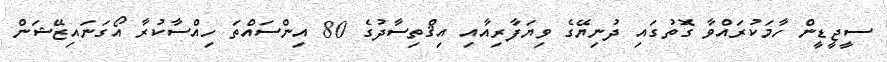
ސީޖީޑީން ހާމަކުރައްވާ ގޮތުގައި ދުނިޔޭގެ ވިޔަފާރިއާއި އިޤްތިސާދުގެ 80 އިންސައްތަ ހިއްސާކުރާ އޯގަނައިޒޭޝަން